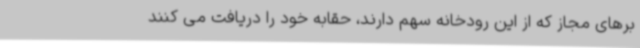
برهای مجاز که از این رودخانه سهم دارند، حقابه خود را دریافت می کنند